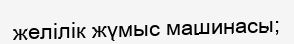
желілік жүмыс машинасы;